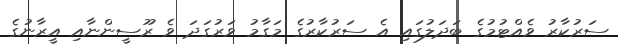
ސަރުކާރު ވެއްޓުމުގެ ބަދަލުގައި އެ ސަރުކާރުގެ މަގާމު ވަރުގަދަ ވެ ރޫސީންނާއި އީރާނުގެ